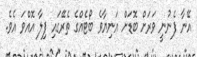
އޭނާ ފެނުނީ ވަރަށް ބޮޑަށް އަނިޔާވެ ބޯޓެއްގެ ތެރޭގައި ފިލާ އޮއްވަ އެވެ.